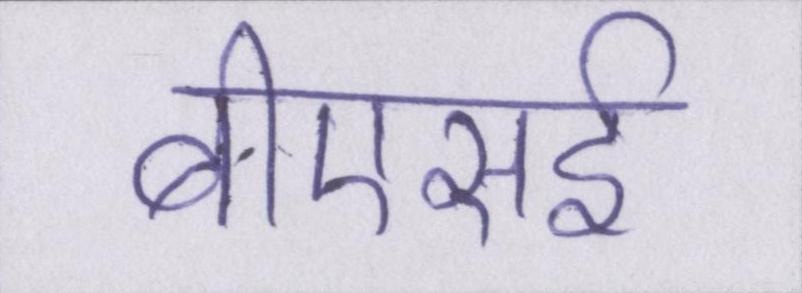
बीएसई